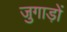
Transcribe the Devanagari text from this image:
जुगाड़ों